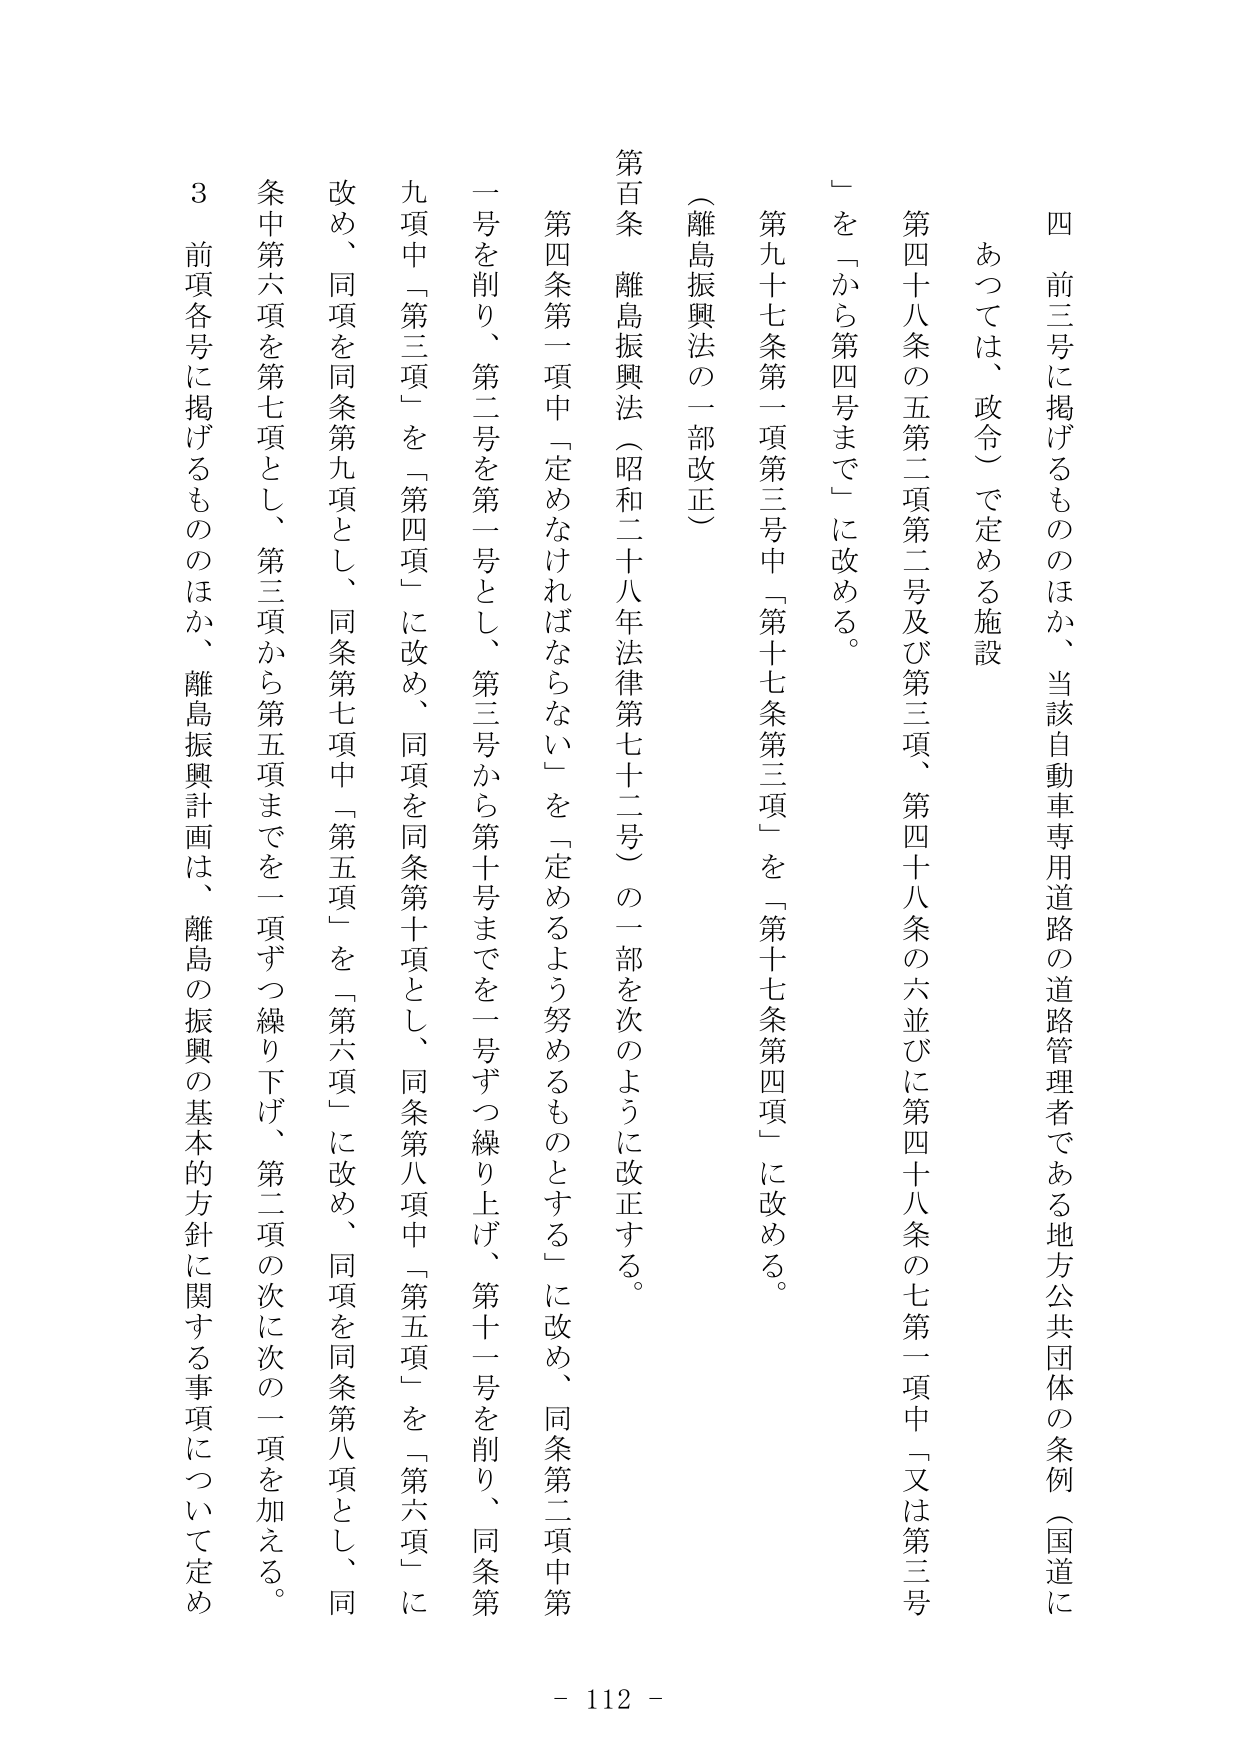
四　前三号に掲げるもののほか、当該自動車専用道路の道路管理者である地方公共団体の条例（国道に
あつては、政令）で定める施設
第四十八条の五第二項第二号及び第三項、第四十八条の六並びに第四十八条の七第一項中「又は第三号
」を「から第四号まで」に改める。
第九十七条第一項第三号中「第十七条第三項」を「第十七条第四項」に改める。
（離島振興法の一部改正）
第百条　離島振興法（昭和二十八年法律第七十二号）の一部を次のように改正する。
第四条第一項中「定めなければならない」を「定めるよう努めるものとする」に改め、同条第二項中第
一号を削り、第二号を第一号とし、第三号から第十号までを一号ずつ繰り上げ、第十一号を削り、同条第
九項中「第三項」を「第四項」に改め、同項を同条第十項とし、同条第八項中「第五項」を「第六項」に
改め、同項を同条第九項とし、同条第七項中「第五項」を「第六項」に改め、同項を同条第八項とし、同
条中第六項を第七項とし、第三項から第五項までを一項ずつ繰り下げ、第二項の次に次の一項を加える。
３　前項各号に掲げるもののほか、離島振興計画は、離島の振興の基本的方針に関する事項について定め
- 112 -